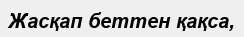
Жасқап беттен қақса,